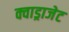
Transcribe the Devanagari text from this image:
क्वाड्राजेट